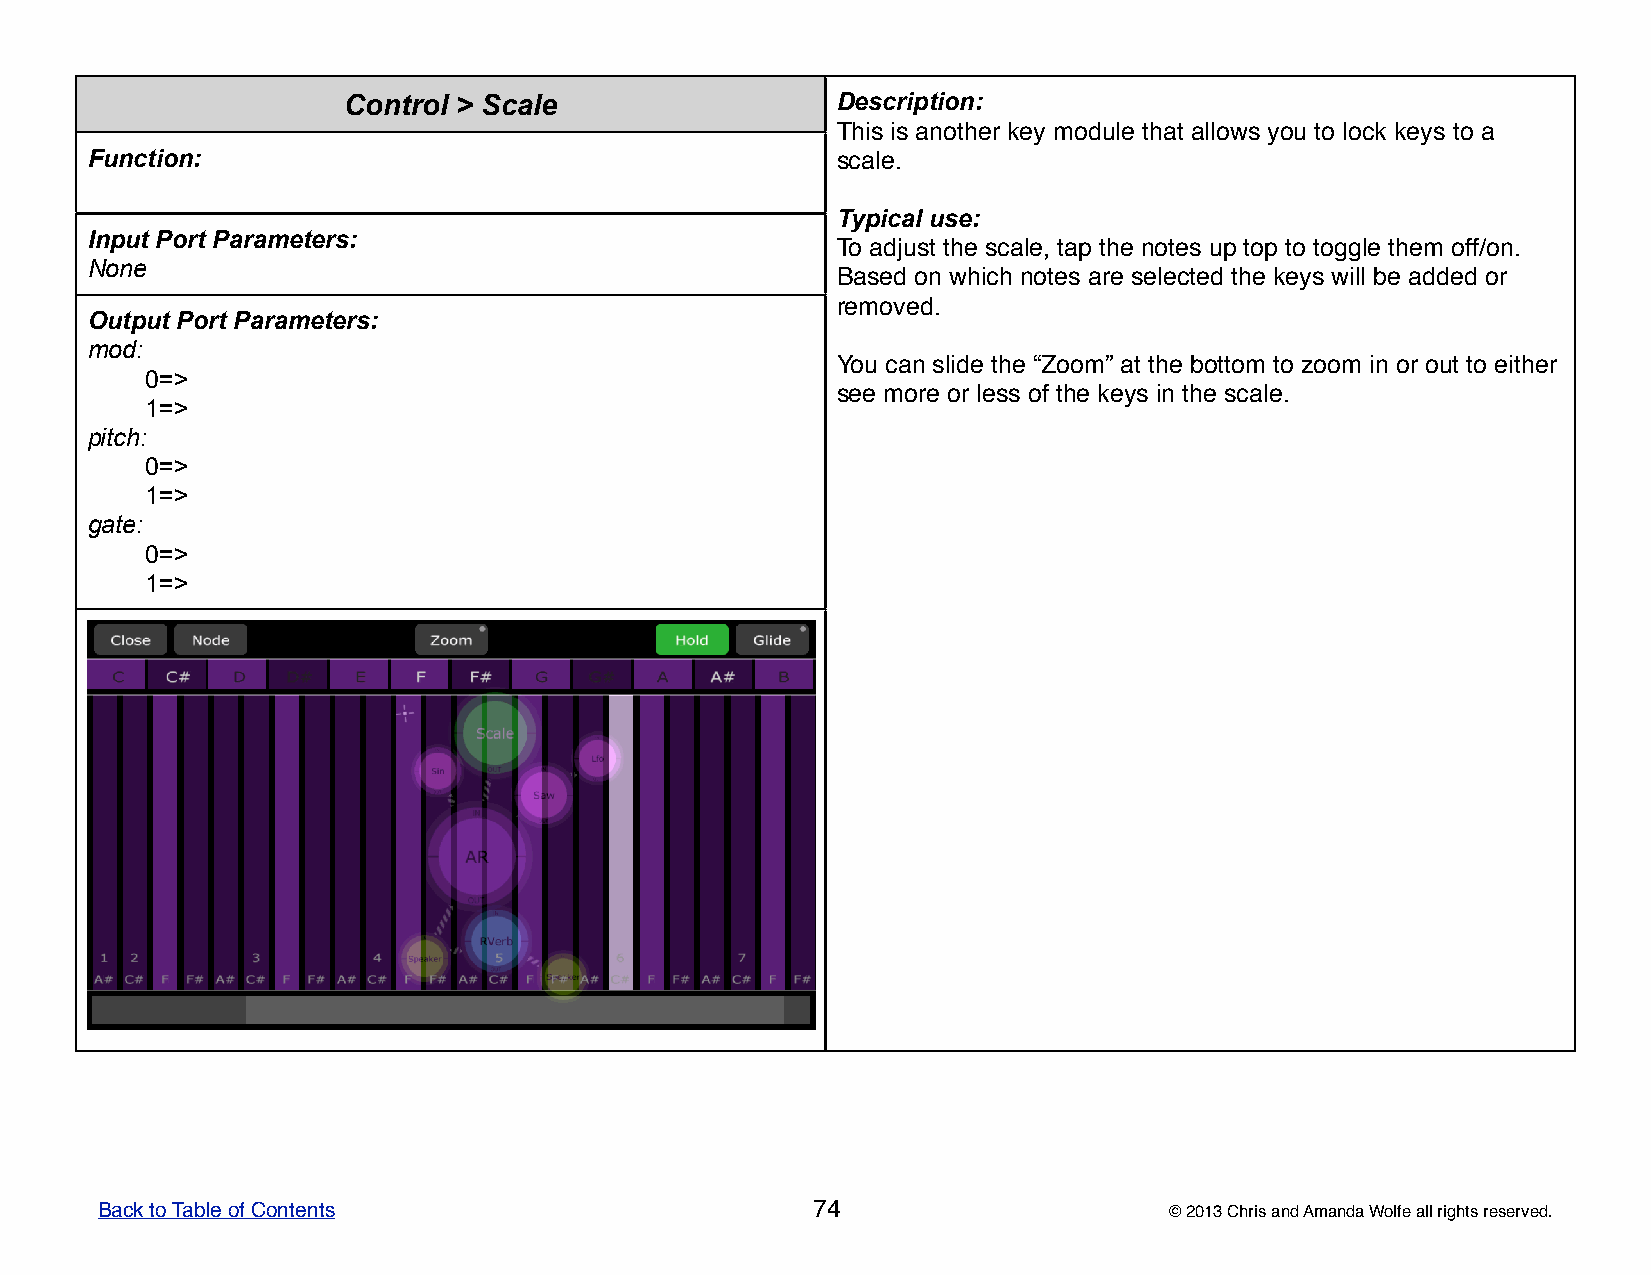
Control > Scale                 DDDDDeeeeessssscccccrrrrriiiiippppptttttiiiiiooooonnnnn:::::
 TTTTThhhhhiiiiisssss iiiiisssss aaaaannnnnooooottttthhhhheeeeerrrrr kkkkkeeeeeyyyyy mmmmmoooooddddduuuuullllleeeee ttttthhhhhaaaaattttt aaaaallllllllllooooowwwwwsssss yyyyyooooouuuuu tttttooooo llllloooooccccckkkkk kkkkkeeeeeyyyyysssss tttttooooo aaaaa
 Function:                                        ssssscccccaaaaallllleeeee.....
 TTTTTyyyyypppppiiiiicccccaaaaalllll uuuuussssseeeee:::::
 Input Port Parameters:
 TTTTTooooo aaaaadddddjjjjjuuuuusssssttttt ttttthhhhheeeee ssssscccccaaaaallllleeeee,,,,, tttttaaaaappppp ttttthhhhheeeee nnnnnooooottttteeeeesssss uuuuuppppp tttttoooooppppp tttttooooo tttttoooooggggggggggllllleeeee ttttthhhhheeeeemmmmm oooooffffffffff/////ooooonnnnn.....
 None
 BBBBBaaaaassssseeeeeddddd ooooonnnnn wwwwwhhhhhiiiiiccccchhhhh nnnnnooooottttteeeeesssss aaaaarrrrreeeee ssssseeeeellllleeeeecccccttttteeeeeddddd ttttthhhhheeeee kkkkkeeeeeyyyyysssss wwwwwiiiiillllllllll bbbbbeeeee aaaaaddddddddddeeeeeddddd ooooorrrrr
 rrrrreeeeemmmmmooooovvvvveeeeeddddd.....
 Output Port Parameters:
 mod:
 YYYYYooooouuuuu cccccaaaaannnnn sssssllllliiiiidddddeeeee ttttthhhhheeeee “““““ZZZZZoooooooooommmmm””””” aaaaattttt ttttthhhhheeeee bbbbbooooottttttttttooooommmmm tttttooooo zzzzzoooooooooommmmm iiiiinnnnn ooooorrrrr ooooouuuuuttttt tttttooooo eeeeeiiiiittttthhhhheeeeerrrrr
 0=>
 ssssseeeeeeeeee mmmmmooooorrrrreeeee ooooorrrrr llllleeeeessssssssss ooooofffff ttttthhhhheeeee kkkkkeeeeeyyyyysssss iiiiinnnnn ttttthhhhheeeee ssssscccccaaaaallllleeeee.....
 1=>
 pitch:
 0=>
 1=>
 gate:
 0=>
 1=>
 Back to Table of Contents                       74                     © 2013 Chris and Amanda Wolfe all rights reserved.